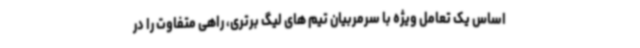
اساس یک تعامل ویژه با سرمربیان تیم های لیگ برتری، راهی متفاوت را در